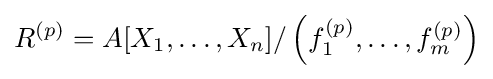
R^{(p)}=A[X_{1},\ldots ,X_{n}]/\left(f_{1}^{(p)},\ldots ,f_{m}^{(p)}\right)